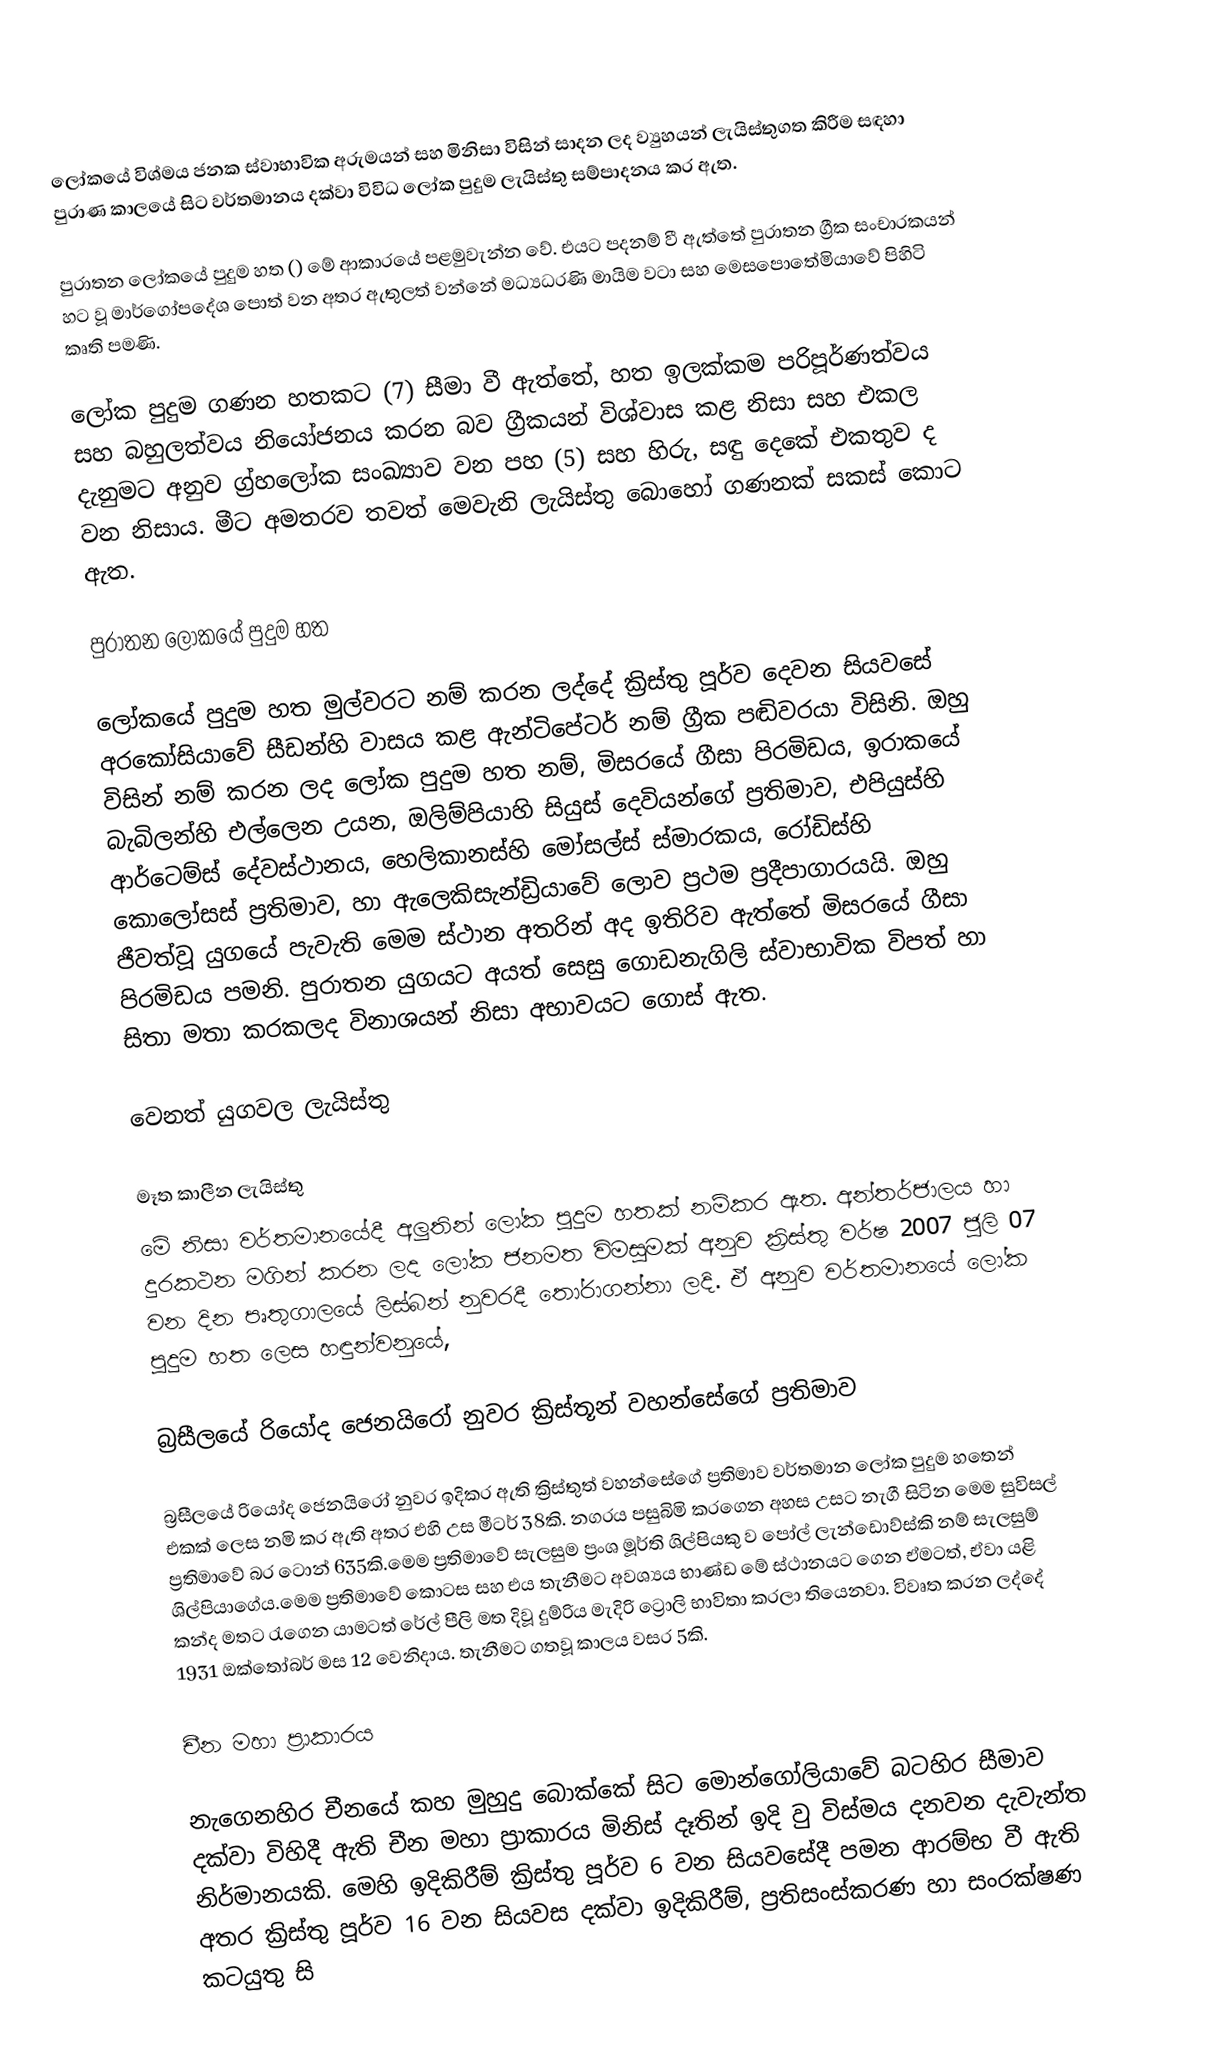
ලෝකයේ විශ්මය ජනක ස්වාභාවික අරුමයන් සහ මිනිසා විසින් සාදන ලද ව්‍යුහයන් ලැයිස්තුගත කිරීම සඳහා පුරාණ කාලයේ සිට වර්තමානය දක්වා විවිධ ලෝක පුදුම ලැයිස්තු සම්පාදනය කර ඇත.

පුරාතන ලෝකයේ පුදුම හත () මේ ආකාරයේ පළමුවැන්න වේ. එයට පදනම් වී ඇත්තේ පුරාතන ග්‍රීක සංචාරකයන් හට වූ මාර්ගෝපදේශ පොත් වන අතර ඇතුලත් වන්නේ මධ්‍යධරණි මායිම වටා සහ මෙසපොතේමියාවේ පිහිටි කෘති පමණි.

ලෝක පුදුම ගණන හතකට (7) සීමා වී ඇත්තේ, හත ඉලක්කම පරිපූර්ණත්වය සහ බහුලත්වය නියෝජනය කරන බව ග්‍රීකයන් විශ්වාස කළ නිසා සහ එකල දැනුමට අනුව ග්‍ර්හලෝක සංඛ්‍යාව වන පහ (5) සහ හිරු, සඳු දෙකේ එකතුව ද වන නිසාය. මීට අමතරව තවත් මෙවැනි ලැයිස්තු බොහෝ ගණනක් සකස් කොට ඇත.

පුරාතන ලෝකයේ පුදුම හත

ලෝකයේ පුදුම හත මුල්වරට නම් කරන ලද්දේ ක්‍රිස්තු පූර්ව දෙවන සියවසේ අරකෝසියාවේ සීඩන්හි වාසය කළ ඇන්ටිපේටර් නම් ග්‍රීක පඬිවරයා විසිනි. ඔහු විසින් නම් කරන ලද ලෝක පුදුම හත නම්, මිසරයේ ගීසා පිරමිඩය, ඉරාකයේ බැබිලන්හි එල්ලෙන උයන, ඔලිම්පියාහි සියුස් දෙවියන්ගේ ප්‍රතිමාව, එපියුස්හි ආර්ටෙම්ස් දේවස්ථානය, හෙලිකානස්හි මෝසල්ස් ස්මාරකය, රෝඩිස්හි කොලෝසස් ප්‍රතිමාව, හා ඇලෙකිසැන්ඩ්‍රියාවේ ලොව ප්‍රථම ප්‍රදීපාගාරයයි. ඔහු ජීවත්වූ යුගයේ පැවැති මෙම ස්ථාන අතරින් අද ඉතිරිව ඇත්තේ මිසරයේ ගීසා පිරමිඩය පමනි. පුරාතන යුගයට අයත් සෙසු ගොඩනැගිලි ස්වාභාවික විපත් හා සිතා මතා කරකලද විනාශයන් නිසා අභාවයට ගොස් ඇත.

වෙනත් යුගවල ලැයිස්තු

මෑත කාලීන ලැයිස්තු
මේ නිසා වර්තමානයේදී අලුතින් ලෝක පුදුම හතක් නම්කර ඇත. අන්තර්ජාලය හා දුරකථන මගින් කරන ලද ලෝක ජනමත විමසුමක් අනුව ක්‍රිස්තු වර්ෂ 2007 ජුලි 07 වන දින පෘතුගාලයේ ලිස්බන් නුවරදී තෝරාගන්නා ලදි. ඒ අනුව වර්තමානයේ ලෝක පුදුම හත ලෙස හඳුන්වනුයේ,

බ්‍රසීලයේ රියෝද ජෙනයිරෝ නුවර ක්‍රිස්තූන් වහන්සේගේ ප්‍රතිමාව

බ්‍රසීලයේ රියෝද ජෙනයිරෝ නුවර ඉදිකර ඇති ක්‍රිස්තුත් වහන්සේගේ ප්‍රතිමාව වර්තමාන ලෝක පුදුම හතෙන් එකක් ලෙස නමි කර ඇති අතර එහි උස මීටර් 38කි. නගරය පසුබිමි කරගෙන අහස උසට නැගී සිටින මෙම සුවිසල් ප්‍රතිමාවේ බර ටොන් 635කි.මෙම ප්‍රතිමාවේ  සැලසුම  ප්‍රංශ මූර්ති ශිල්පියකු ව පෝල් ලැන්ඩොව්ස්කි  නම් සැලසුම් ශිල්පියාගේය.මෙම ප්‍රතිමාවේ කොටස සහ එය තැනීමට අවශ්‍යය භාණ්ඩ මේ ස්ථානයට ගෙන ඒමටත්, ඒවා යළි කන්ද මතට රැගෙන යාමටත් රේල් පීලි මත දිවූ දුම්රිය මැදිරි  ට්‍රොලි භාවිතා කරලා තියෙනවා. විවෘත කරන ලද්දේ 1931 ඔක්තෝබර් මස 12 වෙනිදාය. තැනීමට ගතවූ කාලය වසර 5කි.

චීන මහා ප්‍රාකාරය

නැගෙනහිර චීනයේ කහ මුහුදු බොක්කේ සිට මොන්ගෝලියාවේ බටහිර සීමාව දක්වා විහිදී ඇති චීන මහා ප්‍රාකාරය මිනිස් දෑතින් ඉදි වු විස්මය දනවන දැවැන්ත නිර්මානයකි. මෙහි ඉදිකිරීම් ක්‍රිස්තු පූර්ව 6 වන සියවසේදී පමන ආරම්භ වී ඇති අතර ක්‍රිස්තු පූර්ව 16 වන සියවස දක්වා ඉදිකිරීම්, ප්‍රතිසංස්කරණ හා සංරක්ෂණ කටයුතු සි